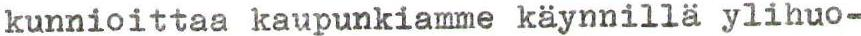
kunnioittaa kaupunkiamme käynnillä ylihuo-